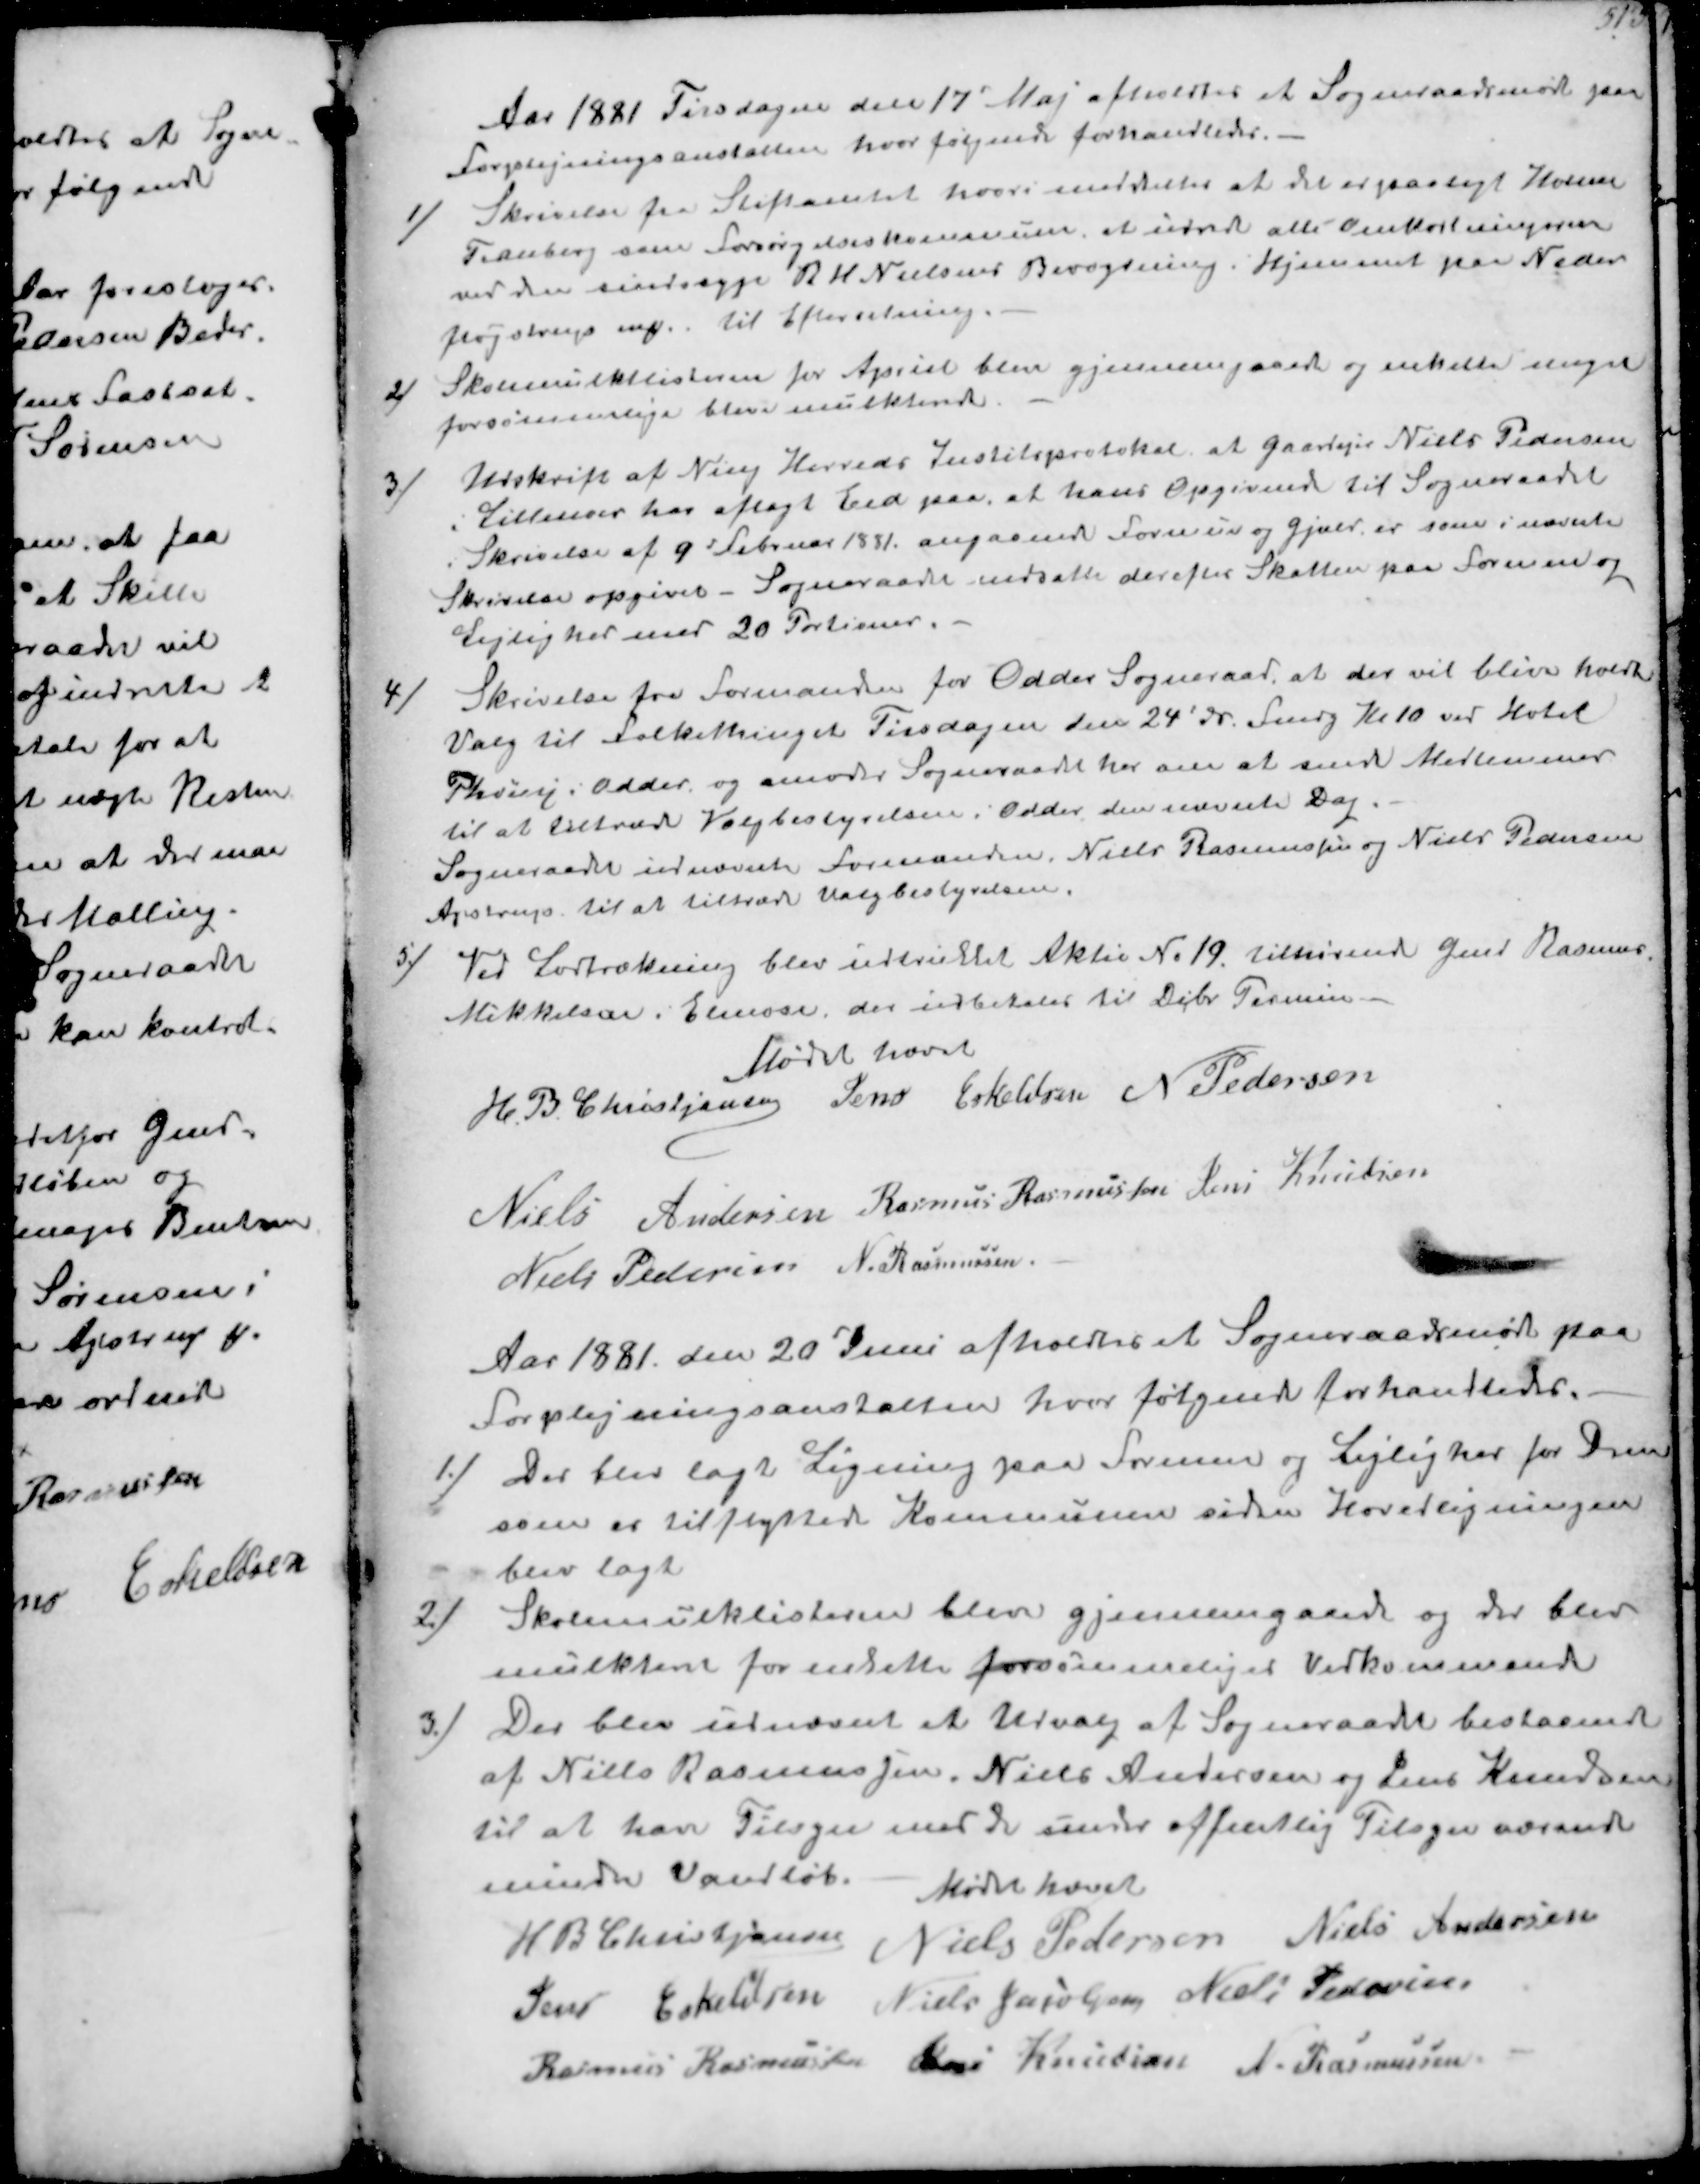
Transskription:
Aar 1881 Tirsdagen den 17' Maj afholdtes et Sogneraadsmøde paa
Forplejningsanstalten hvor følgende forhandledes.
1/
Skrivelse fra Stiftamtet hvori meddeltes at det er paalagt Holme
Tranberg som forsørgelseskommune, at udrede alle Omkostningerne
ved den sindsyge B H Nielsens Bevogtning i Hjemmet paa Neder
Fløjstrup ₻. til Efterretning.
2/
Skolemulktlisterne for Apriel blev gjennemgaaede og enkelte nogne
forsømmelige bleve mulkterede.
3/
Udskrift af Ning Herreds Justitsprotokol at gaardejer Niels Pedersen
i Lillenor har aflagt Eed paa at hans Opgivend til Sogneraadet
i Skrivelse af 9' Februar 1881 angaaende Formue og gjæld er som i nævnte
Skrivelse opgivet- Sogneraadet nedsætte derefter Skatten paa Formue og
Lejlighed med 20 Portioner.
4/
Skrivelse fra Formanden for Odder Sogneraad, at der vil blive holdt
Valg til Folkethinget Tirsdagen den 24' ds Fmdg Kl 10 ved Hotel
Phønix i Odder, og amoder Sogneraadet her om at sende Medlemmer
til at tiltræde Valgbestyrelsen i Odder den nævnte Dag.
Sogneraadet udnævnte Formanden. Niels Rasmussen og Niels Pedersen
Ajstrup til at tiltræde Valgbestyrelsen.
5/
Ved Lodtrækning blev udtrukket Aktie No 19 tilhørende Gmd Rasmus
Mikkelsen i Elmose, der udbetales til Dcbr Termin
Mødet hævet
H. P. Christjansen
Jens Eskeldsen
N Pedersen
Niels Andersen
Rasmus Rasmussen
Jens Knudsen
Niels Pedersen
N. Rasmussen

Aar 1881 den 20' Juni afholdtes et Sogneraadsmøde paa
Forplejningsanstalten hvor følgende forhandledes.
1/
Der blev lagt Ligning paa Formue og Lejlighed for Dem
som er tilflyttede Kommunen siden Hovedligningen
blev lagt
2/
Skolemulklisterne blev gjennemgaaede og der blev
mulkteret for enkelte forsømmeliges Vedkommende
3/
Der blev udnævnt et Udvalg af Sogneraadet bestaaende
af Niels Rasmussen. Niels Andersen og Jens Knudsen
til at have Tilsyn med de under offentlig Tilsyn værende
mindte Vandløb.
Mødet hævet
H B Christjansen
Niels Pedersen
Niels Andersen
Jens Eskelsen
Niels Jacobsen
Niels Pedersen
Rasmus Rasmussen
Jens Knudsen
N Rasmussen